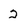
Character: 2